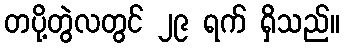
တပို့တွဲလတွင် ၂၉ ရက် ရှိသည်။